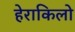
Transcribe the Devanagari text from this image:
हेराकिलो